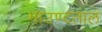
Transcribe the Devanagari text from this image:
माउण्टताल